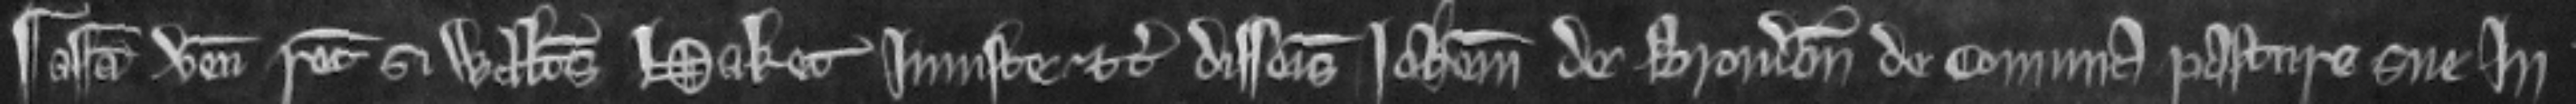
¶ Assisa venit recognitura si Walterus Haket Iniuste etc. disseisivit Iohannem de Brondon de comuna pasture sue In